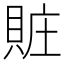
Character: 賍